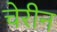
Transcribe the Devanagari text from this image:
चेरीन